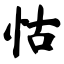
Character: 怙